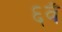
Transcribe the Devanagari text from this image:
६वँ